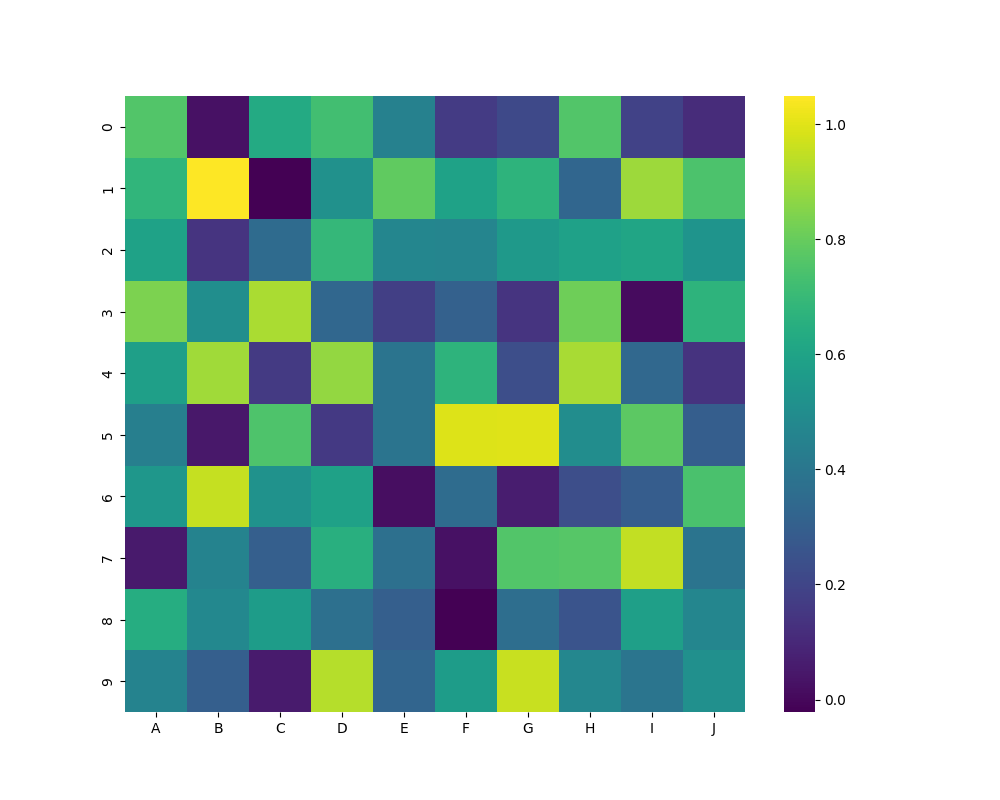
python, seaborn, heatmap, cmap='viridis', linewidths=0.0, center=none